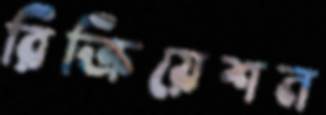
রিক্রিয়েশন